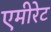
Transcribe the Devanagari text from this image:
एमीरेट